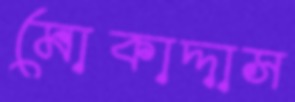
মোকাদ্দাস